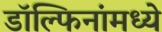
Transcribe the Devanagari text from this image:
डॉल्फिनांमध्ये